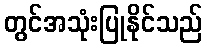
တွင်အသုံးပြုနိုင်သည်